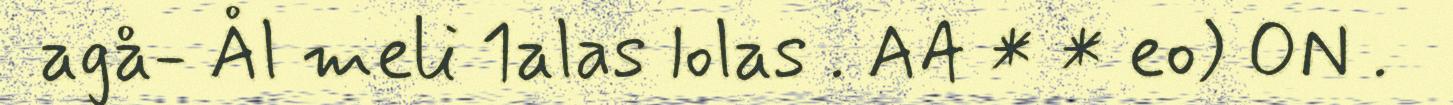
agå- Ål meli 1alas lolas . AA * * eo) ON .